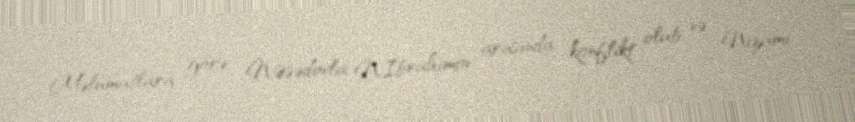
Məlumatlara görə, N.Əsədovla N.İbrahimov arasında konflikt olub və Nizami